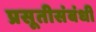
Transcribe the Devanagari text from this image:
प्रसूतीसंबंधी